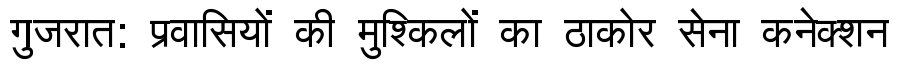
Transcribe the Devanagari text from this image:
गुजरात: प्रवासियों की मुश्किलों का ठाकोर सेना कनेक्शन